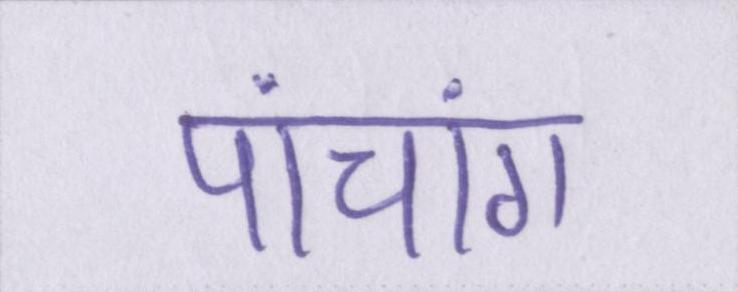
पांचांग